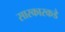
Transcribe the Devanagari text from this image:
सारकारकडे